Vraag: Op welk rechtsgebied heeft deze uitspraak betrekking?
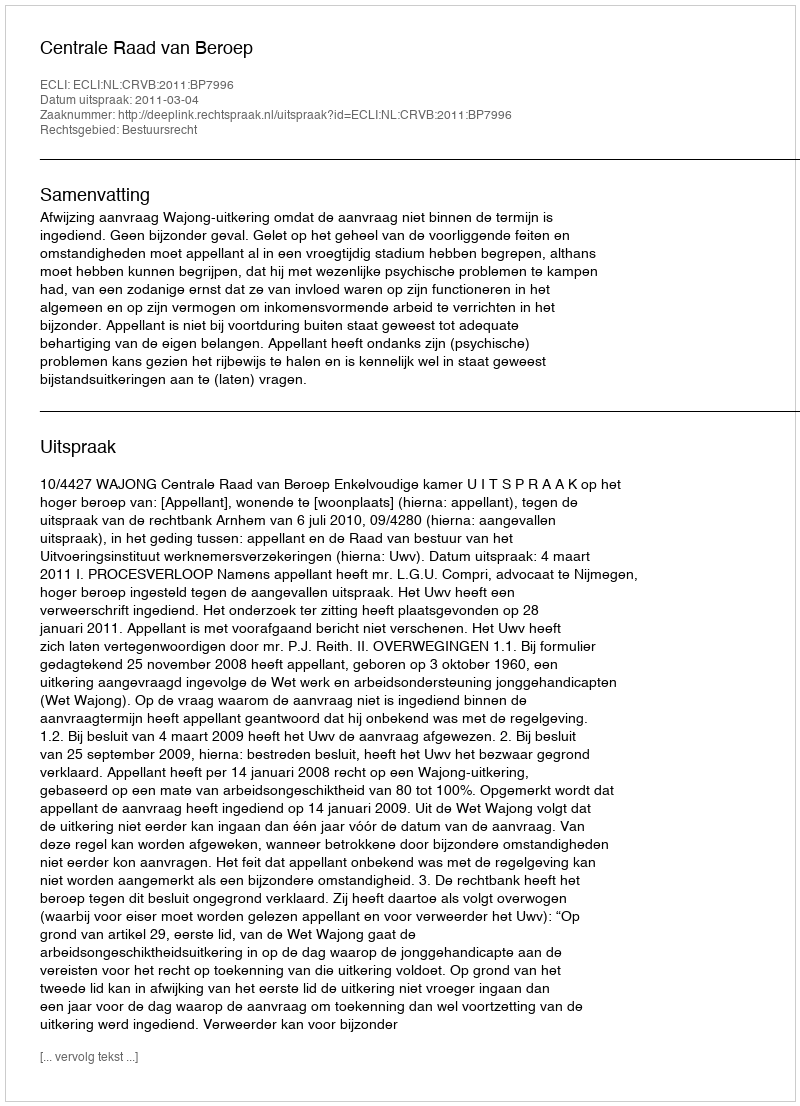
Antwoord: Bestuursrecht